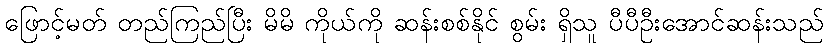
ဖြောင့်မတ် တည်ကြည်ပြီး မိမိ ကိုယ်ကို ဆန်းစစ်နိုင် စွမ်း ရှိသူ ပီပီဦးအောင်ဆန်းသည်